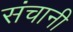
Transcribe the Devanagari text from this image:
संचानी